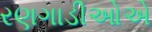
રણગાડીઓએ